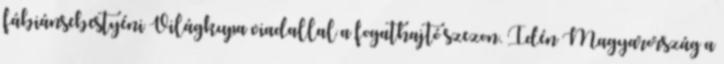
fábiánsebestyéni Világkupa viadallal a fogathajtó szezon. Idén Magyarország a